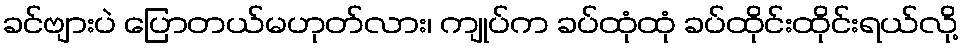
ခင်ဗျားပဲ ပြောတယ်မဟုတ်လား၊ ကျုပ်က ခပ်ထုံထုံ ခပ်ထိုင်းထိုင်းရယ်လို့